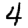
Digit: 4